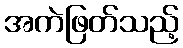
အကဲဖြတ်သည့်